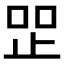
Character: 𰙧